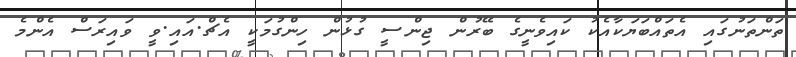
ތަންތަނުގައި އެތައްބަޔަކާއެކު ކައިވެނީގެ ބޭރުން ޖިންސީ ގުޅުން ހިންގުމަކީ އެޗް.އައި.ވީ ވައިރަސް އެންމެ